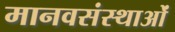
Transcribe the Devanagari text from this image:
मानवसंस्थाओं